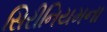
સિરીનિયમના